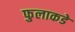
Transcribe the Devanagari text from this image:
फुलाकडे